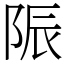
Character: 陙